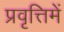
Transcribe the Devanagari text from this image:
प्रवृत्तिमें